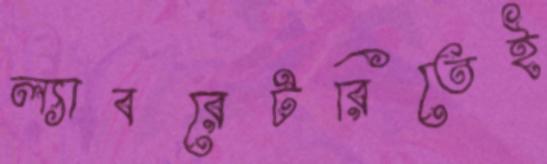
ল্যাবরেটরিতেই